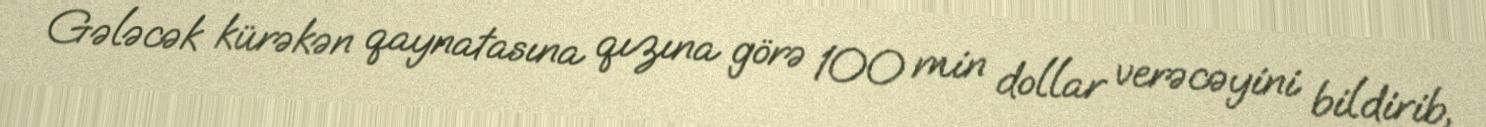
Gələcək kürəkən qaynatasına qızına görə 100 min dollar verəcəyini bildirib,